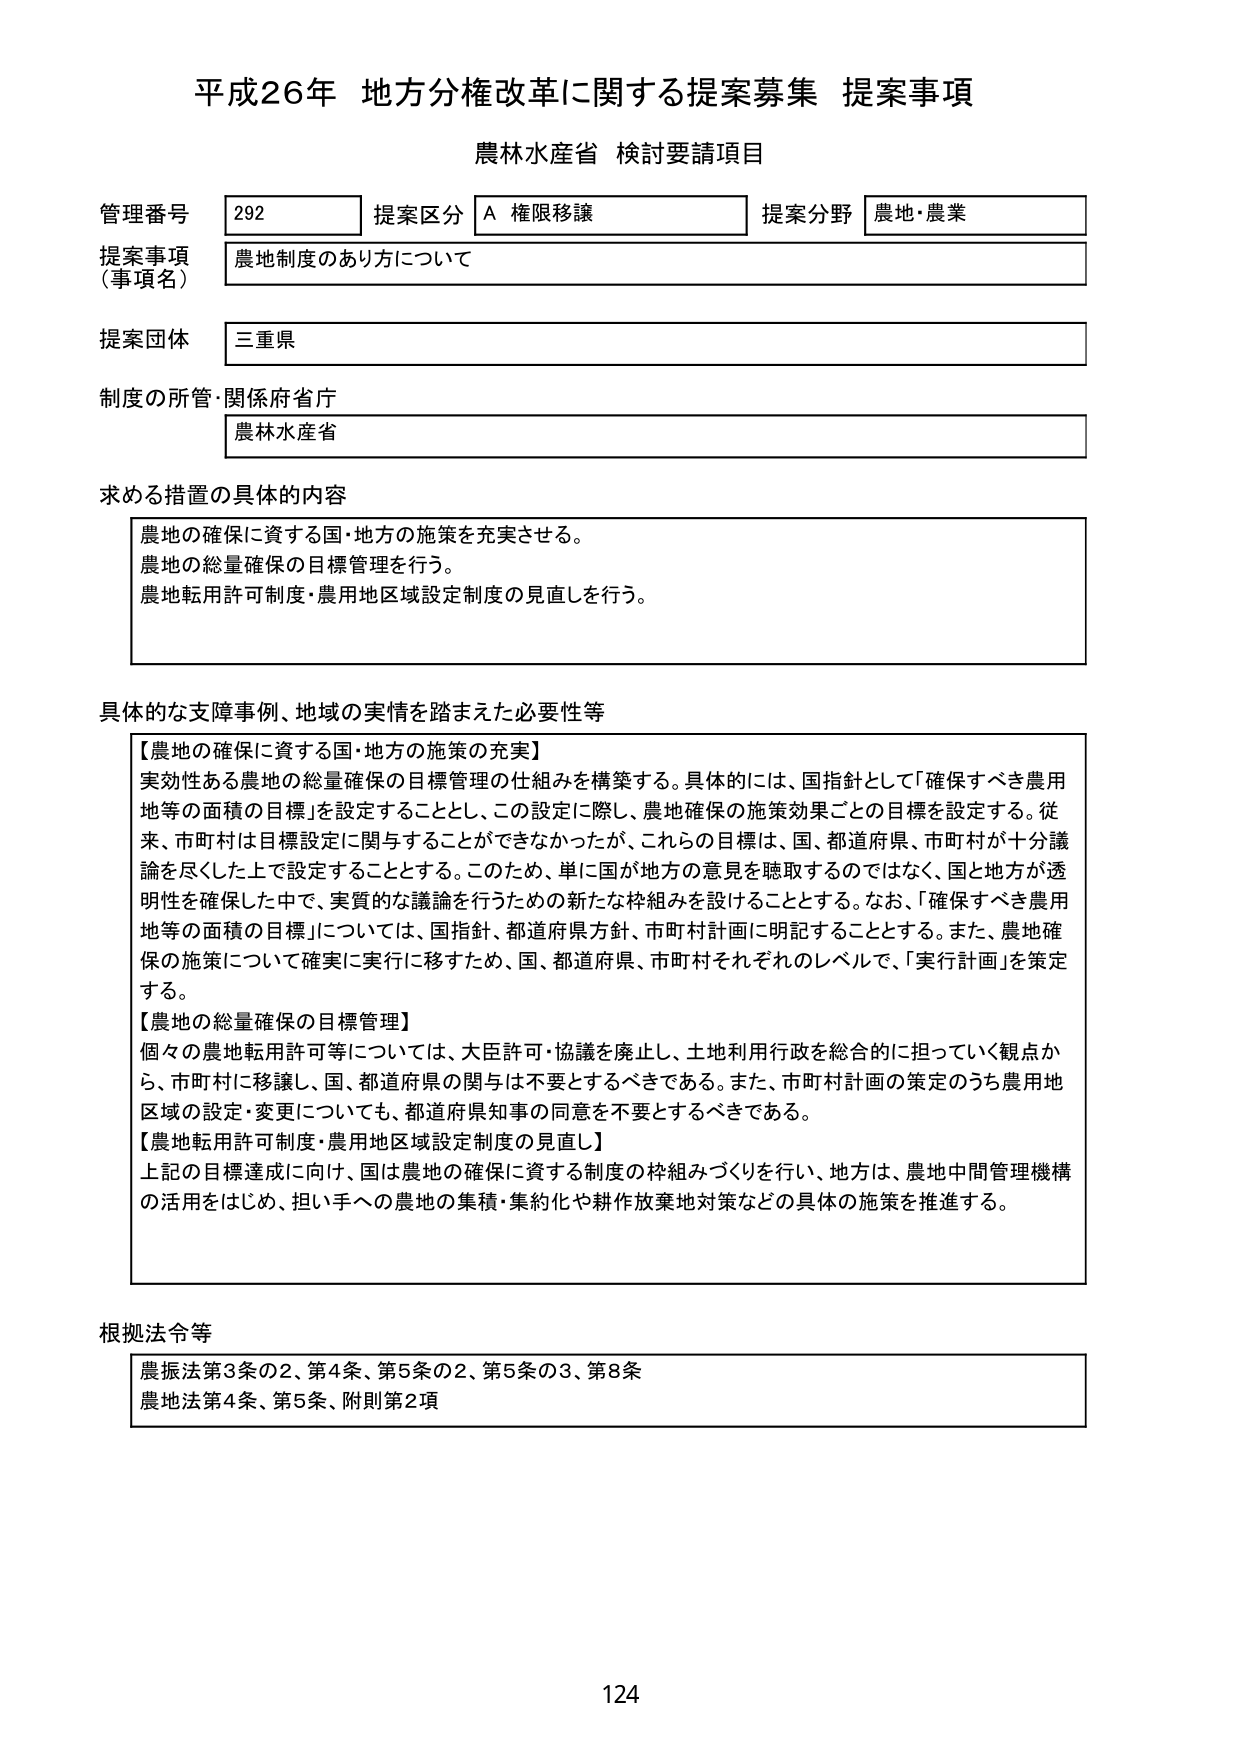
平成26年 地方分権改革に関する提案募集 提案事項
農林水産省 検討要請項目

管理番号 292 提案区分 A 権限移譲 提案分野 農地・農業
提案事項（事項名） 農地制度のあり方について
提案団体 三重県
制度の所管・関係府省庁 農林水産省

求める措置の具体的内容
農地の確保に資する国・地方の施策を充実させる。
農地の総量確保の目標管理を行う。
農地転用許可制度・農用地区域設定制度の見直しを行う。

具体的な支障事例、地域の実情を踏まえた必要性等
【農地の確保に資する国・地方の施策の充実】
実効性ある農地の総量確保の目標管理の仕組みを構築する。具体的には、国指針として「確保すべき農用地等の面積の目標」を設定することとし、この設定に際し、農地確保の施策効果ごとの目標を設定する。従来、市町村は目標設定に関与することができなかったが、これらの目標は、国、都道府県、市町村が十分議論を尽くした上で設定することとする。このため、単に国が地方の意見を聴取するのではなく、国と地方が透明性を確保した中で、実質的な議論を行うための新たな枠組みを設けることとする。なお、「確保すべき農用地等の面積の目標」については、国指針、都道府県方針、市町村計画に明記することとする。また、農地確保の施策について確実に実行に移すため、国、都道府県、市町村それぞれのレベルで、「実行計画」を策定する。
【農地の総量確保の目標管理】
個々の農地転用許可等については、大臣許可・協議を廃止し、土地利用行政を総合的に担っていく観点から、市町村に移譲し、国、都道府県の関与は不要とするべきである。また、市町村計画の策定のうち農用地区域の設定・変更についても、都道府県知事の同意を不要とするべきである。
【農地転用許可制度・農用地区域設定制度の見直し】
上記の目標達成に向け、国は農地の確保に資する制度の枠組みづくりを行い、地方は、農地中間管理機構の活用をはじめ、担い手への農地の集積・集約化や耕作放棄地対策などの具体的施策を推進する。

根拠法令等
農振法第3条の2、第4条、第5条の2、第5条の3、第8条
農地法第4条、第5条、附則第2項

124